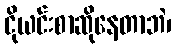
ငိုယင်းစာဆိုနေတာဘဲ၊